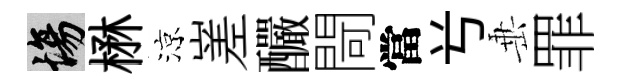
場楙涼嵳釅閜當𠔃𡸁罪